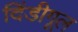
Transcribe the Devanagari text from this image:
दिंडीगूल